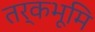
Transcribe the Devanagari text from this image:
तर्कभूमि